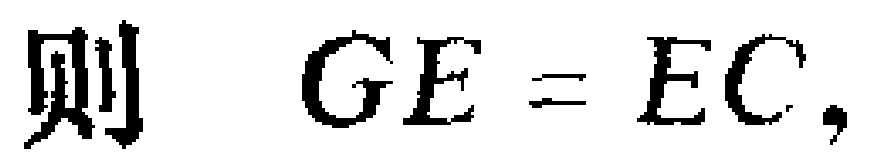
则 \(GE = EC,\)